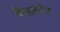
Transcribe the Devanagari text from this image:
मिसलेनीज़